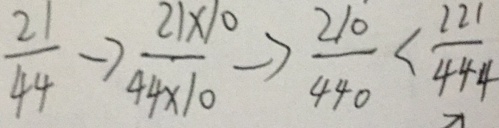
\frac { 2 1 } { 4 4 } \rightarrow \frac { 2 1 \times 1 0 } { 4 4 \times 1 0 } \rightarrow \frac { 2 1 0 } { 4 4 0 } < \frac { 2 2 1 } { 4 4 4 }